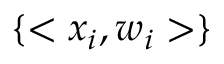
\{ < x _ { i } , w _ { i } > \}